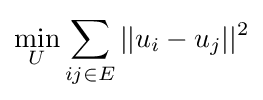
{\underset {U}{\text{min}}}\sum _{ij\in E}||u_{i}-u_{j}||^{2}